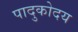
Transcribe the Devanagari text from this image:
पादुकोदय